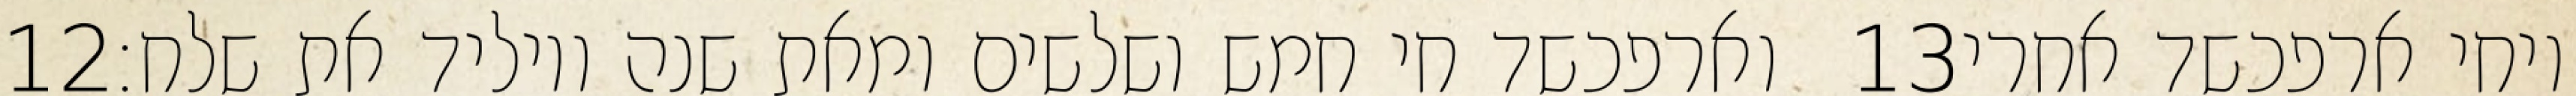
‎12‏ וארפכשד חי חמש ושלשים ומאת שנה ויוליד את שלח׃ ‎13‏ ויחי ארפכשד אחרי